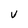
Character: V